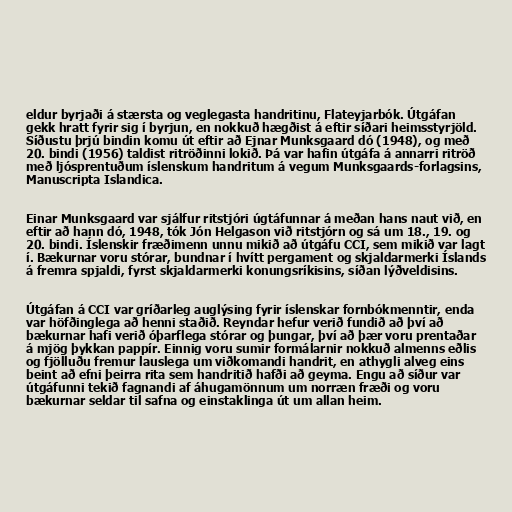
eldur byrjaði á stærsta og veglegasta handritinu, Flateyjarbók. Útgáfan
gekk hratt fyrir sig í byrjun, en nokkuð hægðist á eftir síðari heimsstyrjöld.
Síðustu þrjú bindin komu út eftir að Ejnar Munksgaard dó (1948), og með
20. bindi (1956) taldist ritröðinni lokið. Þá var hafin útgáfa á annarri ritröð
með ljósprentuðum íslenskum handritum á vegum Munksgaards-forlagsins,
Manuscripta Islandica.

Einar Munksgaard var sjálfur ritstjóri úgtáfunnar á meðan hans naut við, en
eftir að hann dó, 1948, tók Jón Helgason við ritstjórn og sá um 18., 19. og
20. bindi. Íslenskir fræðimenn unnu mikið að útgáfu CCI, sem mikið var lagt
í. Bækurnar voru stórar, bundnar í hvítt pergament og skjaldarmerki Íslands
á fremra spjaldi, fyrst skjaldarmerki konungsríkisins, síðan lýðveldisins.

Útgáfan á CCI var gríðarleg auglýsing fyrir íslenskar fornbókmenntir, enda
var höfðinglega að henni staðið. Reyndar hefur verið fundið að því að
bækurnar hafi verið óþarflega stórar og þungar, því að þær voru prentaðar
á mjög þykkan pappír. Einnig voru sumir formálarnir nokkuð almenns eðlis
og fjölluðu fremur lauslega um viðkomandi handrit, en athygli alveg eins
beint að efni þeirra rita sem handritið hafði að geyma. Engu að síður var
útgáfunni tekið fagnandi af áhugamönnum um norræn fræði og voru
bækurnar seldar til safna og einstaklinga út um allan heim.